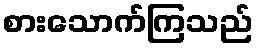
စားသောက်ကြသည်